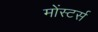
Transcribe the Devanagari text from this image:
मोंस्टर्स